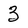
Character: 3